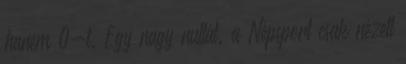
hanem 0-t. Egy nagy nullát. a Népsport csak nézett